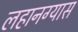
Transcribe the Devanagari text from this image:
लहानग्यास